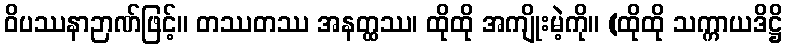
ဝိပဿနာဉာဏ်ဖြင့်။ တဿတဿ အနတ္ထဿ၊ ထိုထို အကျိုးမဲ့ကို။ (ထိုထို သက္ကာယဒိဋ္ဌိ